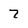
Character: 7